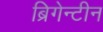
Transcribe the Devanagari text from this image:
ब्रिगेन्टीन